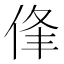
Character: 𠉏